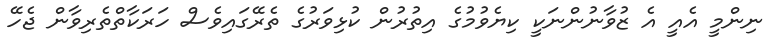
ނިންމީ އެއީ އެ ޒުވާނުންނަކީ ކިޔެވުމުގެ އިތުރުން ކުޅިވަރުގެ ތެރޭގައިވެސް ހަރަކާތްތެރިވާން ޖެހޭ